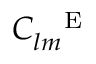
C _ { l m } ^ { \mathrm { ~ \textsc ~ { ~ E ~ } ~ } }